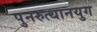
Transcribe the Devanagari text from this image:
पुनरुत्थानयुग